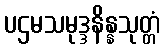
ပဌမသမုဒ္ဒနိန္နသုတ္တံ